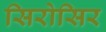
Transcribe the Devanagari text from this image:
सिरोसिर